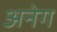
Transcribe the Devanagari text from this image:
अनेग